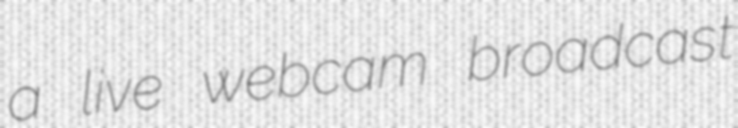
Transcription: a live webcam broadcast